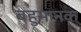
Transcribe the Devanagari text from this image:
बहुमानक